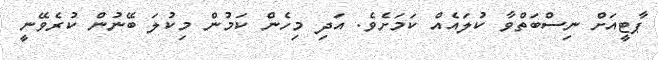
ޕާޓީއަށް ނިސްބަތްވާ ކުލައެއް ކަމަށެވެ. އަދި މިހެން ކަމުން މިކުލަ ބޭނުން ކުރެވޭނީ